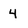
Character: 4